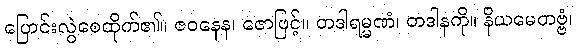
ပြောင်းလွဲစေထိုက်၏။ ဇဝနေန၊ ဇောဖြင့်။ တဒါရမ္မဏံ၊ တဒါနကို။ နိယမေတဗ္ဗံ၊